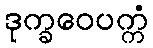
ဒုက္ခဝေပက္ကံ